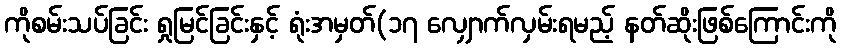
ကိုစမ်းသပ်ခြင်း ရှုမြင်ခြင်းနှင့် ရုံးအမှတ်(၁၇ လျှောက်လှမ်းရမည့် နတ်ဆိုးဖြစ်ကြောင်းကို